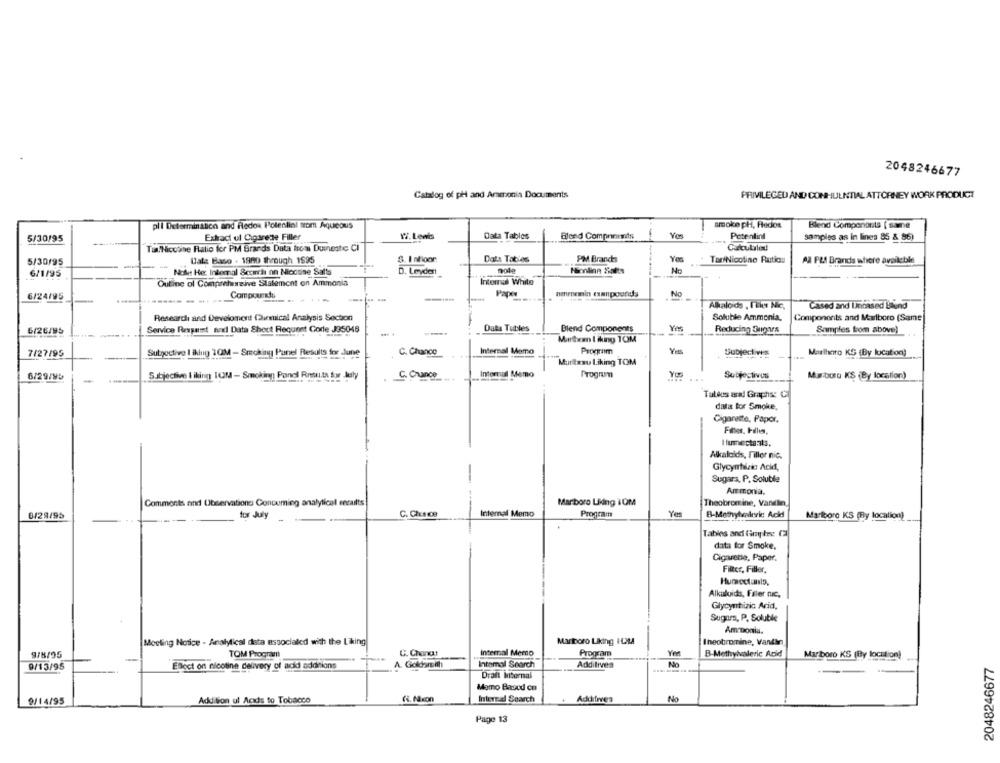
2048246677
Catalog of pH and Ammonia Documents
PRIVILEGED AND CONHULNTIAL ATTORNEY WORK PRODUCT
pll Determinasco and fledox Polenlini trom Aqueous
smoke pH, Fedos
Blend Components [ same
Extradi ul Cigarede Filler
12. Lewis
Data Tablos
Blend Components
Petenlint
samples as in lines 85 & 86)
5/30/95
TilNiccone Ratio for PM Grands Data from Duineste CI
Calcutiled
Uals Baso . 1980 through 1995
S. I afloor:
Data Tables
PM Brands
Yes
TariNicotine Rutios
5/30/95
Al PRA Brands where available
6/1/95
Noler Her Internal Scorch on Nicotine Salts
D. Leyden
mode
HEonline Salts
No
Outine ol Comprehreive Statement on Ammonia
Internal White
6/24/95
Compounds
Paper
No
Alkaloids , Ile Nic,
Cased and Unbased Blund
Research and Develonent Clinical Analysis Section
Soluble Ammonia.
Components and Marlboro (Same
6/26/95
Service Ressamt and Data Shout Request Corte J35048
Data Tubles
Blend Components
Ye
Reducing Sugys
Samples from above)
---
Muntean I iking TOM
7/27/95
Sutgoctive I iklug 10M - Smoking Panel Results for June
C. Chance
Internal Memo
Program
Subjectiws
Marlhero KG (By location)
Muritzau Liking TOM
Subjective I iking TOM - Smoking Panel Rnsuta for July
C. Chance
Informal Memo
Progrum
Subjectives
6/29/95
Mariboru K$ (By location)
Taldes aral Graphs: C
data for Smoke,
Cigarette, Paper.
Ifumecta:ils.
Alkaloids, Filler nic.
Glycyntiaic Acid,
Sugars, P. Soluble
Ammonia.
Comments and Observations Concuming analytical serailts
Marboro Liking TOM
Theobromine, Vanillin,
Yes
8/29/95
for July
Internal Memo
Program
B-Mathyharric Acid
Marlboro KS (By location)
Tables and Gimphne CI
data for Smoke,
Cigarette, Paper.
Filter, Filler,
Alkaloids, Føler nc.
Glycyrtizic Acid,
Sugars, P. Soluble
Am ponla.
Moeling Notice - Analytical data associated with the Liking
Mariboro Liking ICHLA
Theobromine, Vandan
9/8/95
TOM Programt
U. ChorKat
Internal Memo
Program
B-Methylvaleric Acid
Marboro KS (By location)
EBoct on nicotine delivery of acki adonions
A. Goldsmith
Intomal Search
Additives
No
2048246677
9/13/95
-
Draft Internal
Mamo Based on
9/14/95
Addition ul Acids to Tobacco
Hi. Non
Interead Search
Additives
No
Page 13